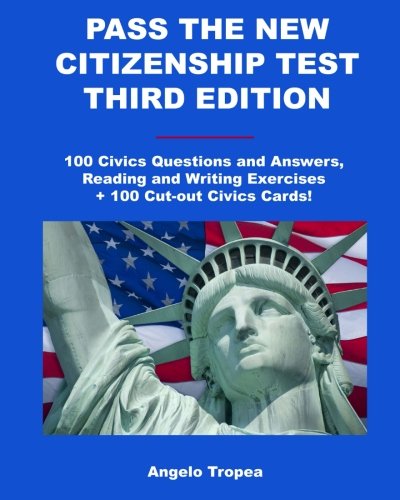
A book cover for Pass the New Citizenship Test Third Edition; Angelo Tropea; Test Preparation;